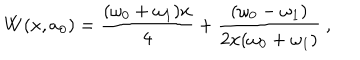
LaTeX: W ( x , a _ { 0 } ) = \frac { ( \omega _ { 0 } + \omega _ { 1 } ) x } { 4 } + \frac { ( \omega _ { 0 } - \omega _ { 1 } ) } { 2 x ( \omega _ { 0 } + \omega _ { 1 } ) } ~ ,